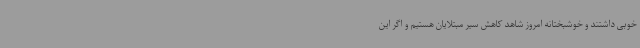
خوبی داشتند و خوشبختانه امروز شاهد کاهش سیر مبتلایان هستیم و اگر این